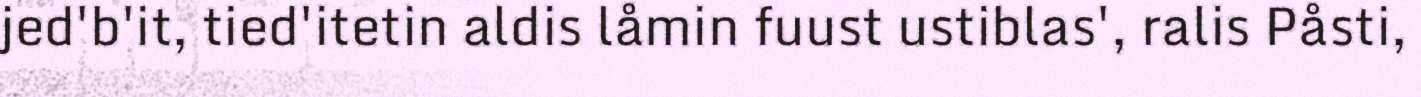
jed'b'it, tied'itetin aldis låmin fuust ustiblas', ralis Påsti,